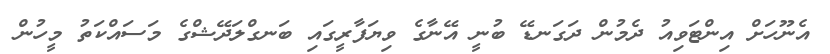
އެނޫހަށް އިންޓަވިއު ދެމުން ދަގަނޑޭ ބުނީ އޭނާގެ ވިޔަފާރީގައި ބަނގްލަދޭޝްގެ މަސައްކަތު މީހުން